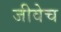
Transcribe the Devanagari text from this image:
जीवेच